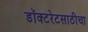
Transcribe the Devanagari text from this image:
डॉक्टरेटसाठीचा